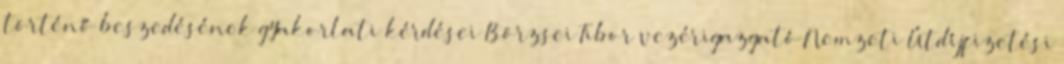
történő beszedésének gyakorlati kérdései Börzsei Tibor vezérigazgató Nemzeti Útdíjfizetési